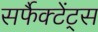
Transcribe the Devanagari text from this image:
सर्फैक्टेंट्स